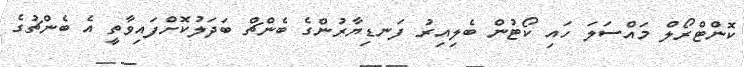
ކޮންޓްރޯލް މައްސަލަ ހައި ކޯޓުން ބެލިއިރު ފަނޑިޔާރުންގެ ބެންޗް ބަދަލުކޮށްފައިވާތީ އެ ބެންޗުގެ